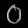
Digit: ၀